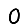
Digit: 0